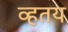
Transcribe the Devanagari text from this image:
व्हतय